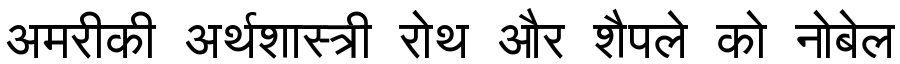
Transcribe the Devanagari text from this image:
अमरीकी अर्थशास्त्री रोथ और शैपले को नोबेल